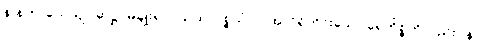
န နဟာယေယျ (ဆဋ္ဌ) မချိုးရာ။ ယထာပစ္စယံ ဝါ၊ အလိုရှိတိုင်းသော ရေကိစ္စကိုလည်း။ န